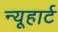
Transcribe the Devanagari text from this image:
न्यूहार्ट